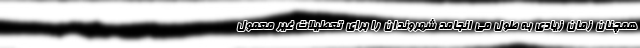
همچنان زمان زیادی به طول می انجامد شهروندان را برای تعطیلات غیر معمول